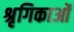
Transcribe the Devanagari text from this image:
श्रृगिकाओं